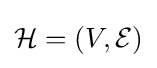
{\mathcal {H}}=(V,{\mathcal {E}})